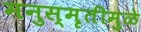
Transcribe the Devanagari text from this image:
मनुस्मृतीमुळे